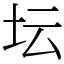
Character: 坛